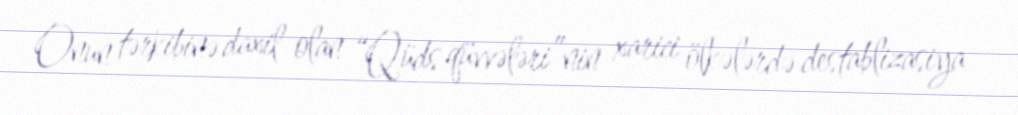
Onun tərkibinə daxil olan “Qüds qüvvələri”nin xarici ölkələrdə destablizasiya